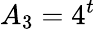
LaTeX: A_{3}=4^{t}